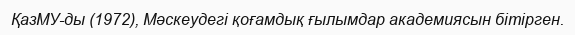
ҚазМУ-ды (1972), Мәскеудегі қоғамдық ғылымдар академиясын бітірген.